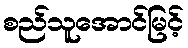
စည်သူအောင်မြင့်